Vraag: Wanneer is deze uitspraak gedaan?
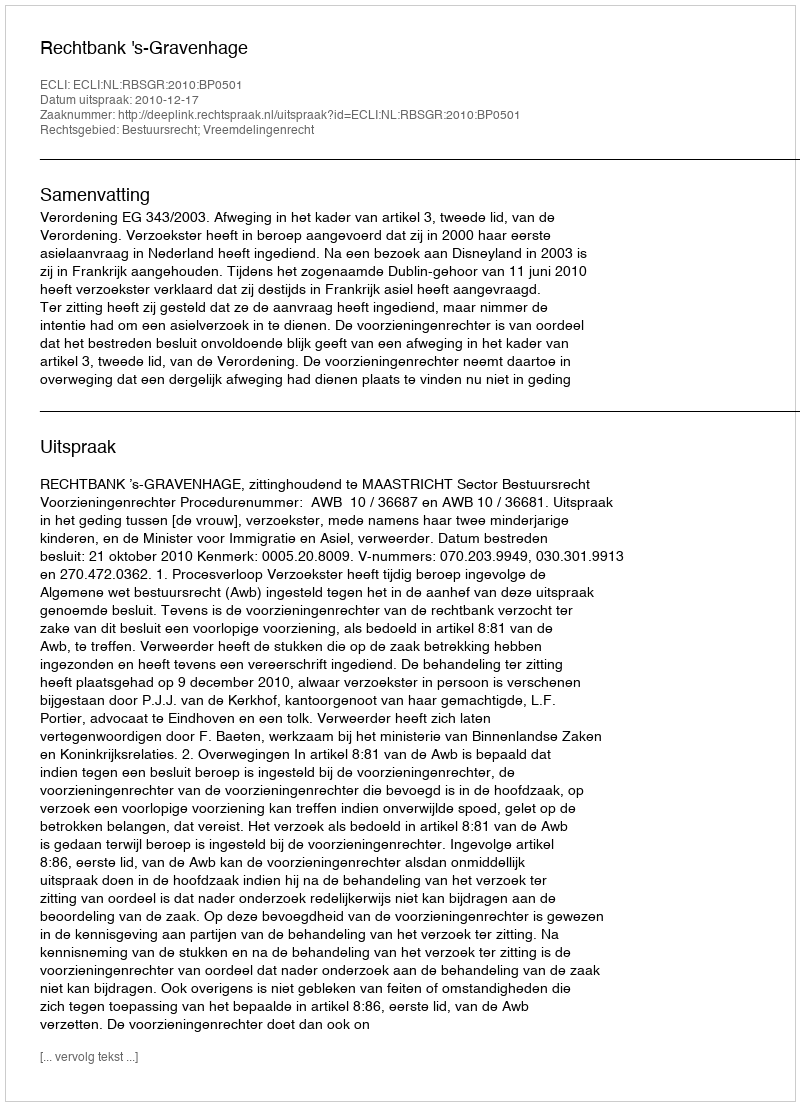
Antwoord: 2010-12-17